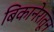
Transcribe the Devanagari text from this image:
बिकानेरातून